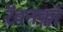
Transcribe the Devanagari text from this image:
रॅवनक्लॉ